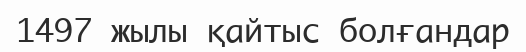
1497 жылы қайтыс болғандар